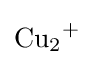
{\mathrm {Cu} {\vphantom {A}}_{\smash[{t}]{2}}{\vphantom {A}}^{+}}